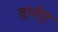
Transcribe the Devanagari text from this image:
डलंड